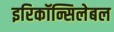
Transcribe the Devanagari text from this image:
इरिकॉन्सिलेबल